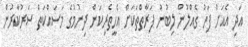
އަދި އެއަށް ފަހު ގެއްލުން ލިބުނު ފަރާތްތަކަށް އެހީތެރިކަން ދިނުމުގެ މަސައްކަތް ސަރުކާރުން